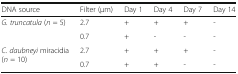
| DNA source | Filter (μm) | Day 1 | Day 4 | Day 7 | Day 14 |
 | --- | --- | --- | --- | --- | --- |
 | <ROWSPAN=2> G. truncatula (n = 5) | 2.7 | + | + | + | - |
 | 0.7 | + | - | - | - |
 | <ROWSPAN=2> C. daubneyi miracidia (n = 10) | 2.7 | + | + | + | - |
 | 0.7 | + | + | - | - |